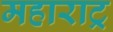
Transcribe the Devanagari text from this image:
महाराट्र